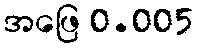
အဖြေ 0.005